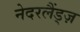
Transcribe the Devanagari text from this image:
नेदरलैंड्ज़